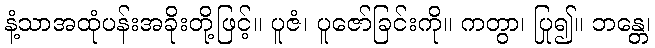
နံ့သာအထုံပန်းအခိုးတို့ဖြင့်။ ပူဇံ၊ ပူဇော်ခြင်းကို။ ကတွာ၊ ပြု၍။ ဘန္တေ၊